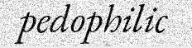
pedophilic